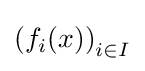
\left(f_{i}(x)\right)_{i\in I}